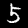
Label: 5